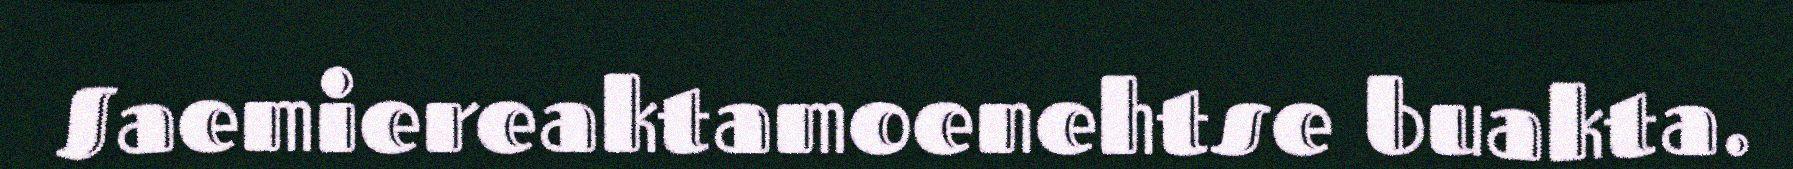
Saemiereaktamoenehtse buakta.